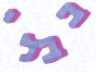
בבלי